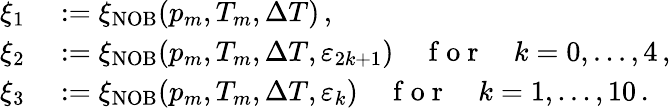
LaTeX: \begin{array}{rl}{\xi_{1}}&{{}:=\xi_{\mathrm{NOB}}(p_{m},T_{m},\Delta T)\, ,}\\ {\xi_{2}}&{{}:=\xi_{\mathrm{NOB}}(p_{m},T_{m},\Delta T,\varepsilon_{2k+1})\quad\mathrm{~f~o~r~}\quad k=0,...,4\, ,}\\ {\xi_{3}}&{{}:=\xi_{\mathrm{NOB}}(p_{m},T_{m},\Delta T,\varepsilon_{k})\quad\mathrm{~f~o~r~}\quad k=1,...,10\, .}\end{array}